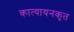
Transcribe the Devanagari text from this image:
कात्यायनकृत